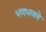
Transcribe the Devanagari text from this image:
भणभणणे